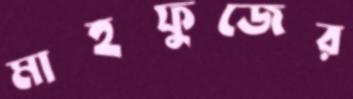
মাহফুজের